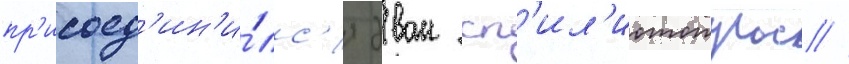
пр'исоед'ин'и́лс'я эван сп'ил'иотопулос //